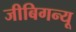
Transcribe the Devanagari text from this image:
जीबिगन्यू